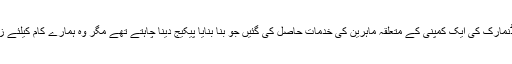
نتیجہ یہ ہوا کہ ڈنمارک کی ایک کمپنی کے متعلقہ ماہرین کی خدمات حاصل کی گئیں جو بنا بنایا پیکیج دینا چاہتے تھے مگر وہ ہمارے کام کیلئے زیادہ مفید نہ تھا ۔